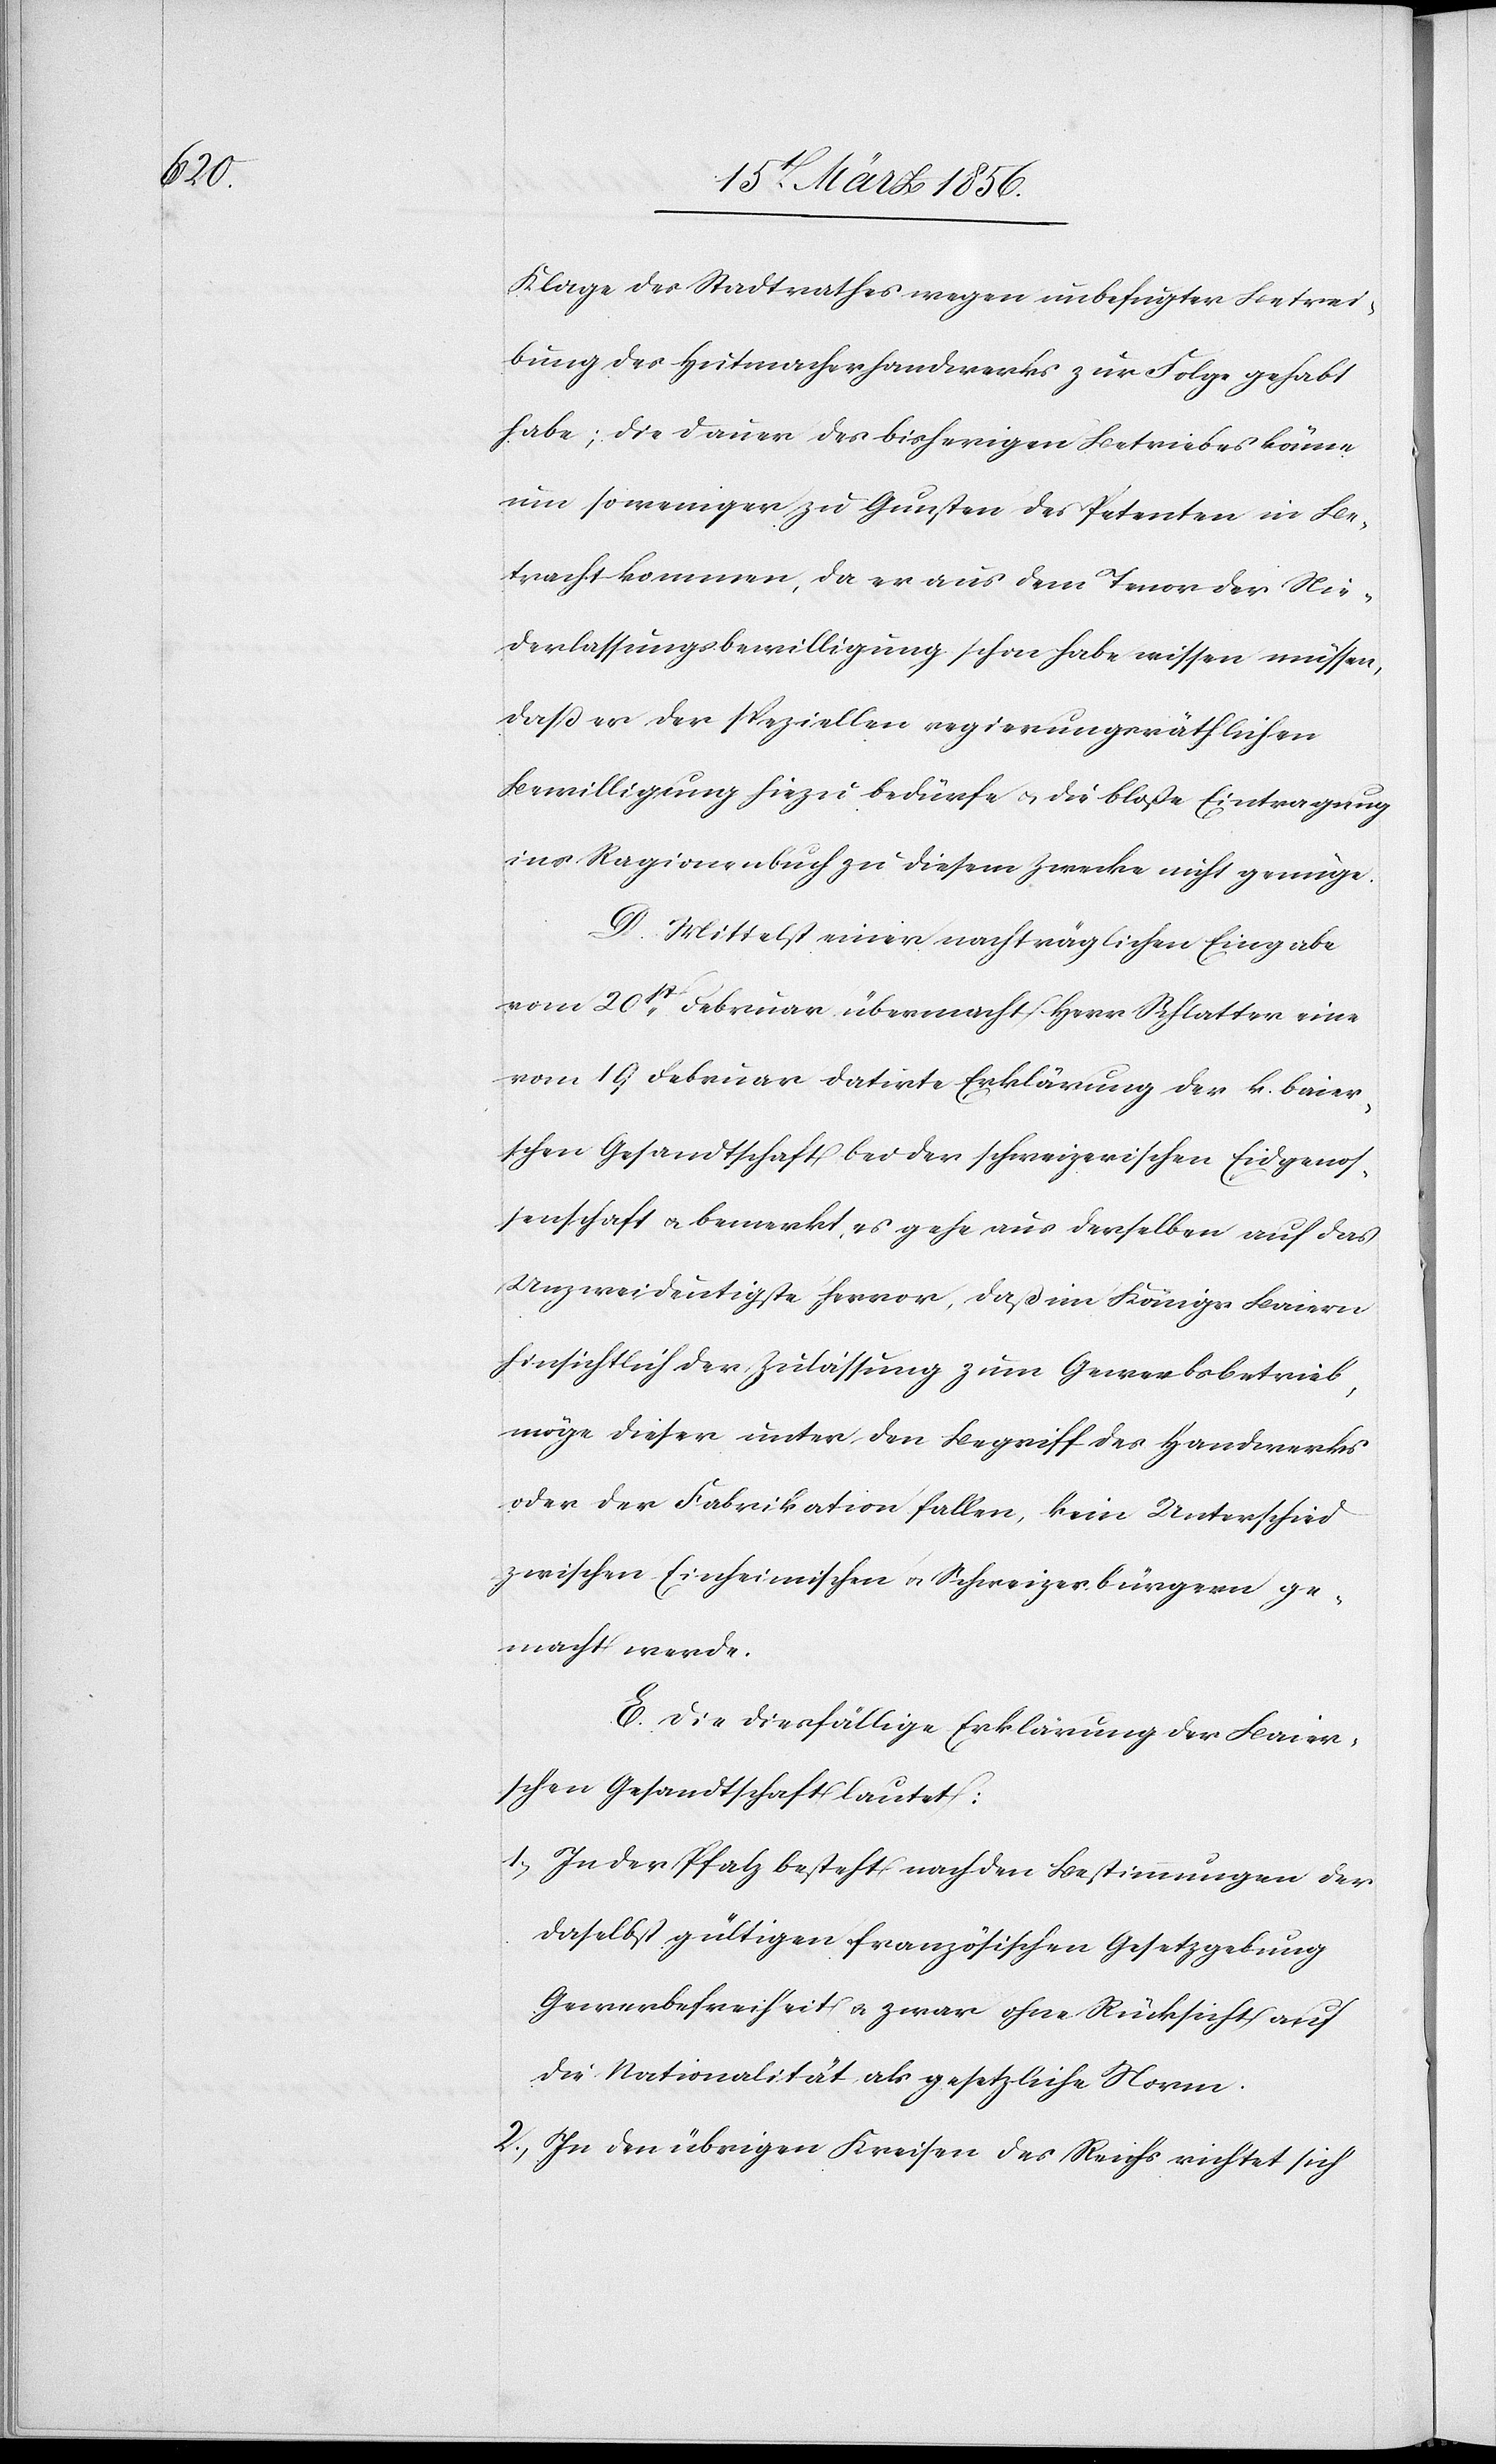
Klage des Stadtrathes wegen unbefugter Betrei¬
bung des Hutmacherhandwerks zur Folge gehabt
habe; die Dauer des bisherigen Betriebes könne
um so weniger zu Gunsten des Petenten in Be¬
tracht kommen, da er aus dem Tenor der Nie¬
derlassungsbewilligung schon habe wissen müssen,
daß er der speziellen regierungsräthlichen
Bewilligung hiezu bedürfe u. die bloße Eintragung
ins Ragionenbuch zu diesem Zwecke nicht genüge.
D. Mittelst einer nachträglichen Eingabe
vom 20st Februar übermacht Herr Schlatter eine
vom 19 Februar datirte Erklärung der k. baier¬
schen Gesandtschaft bei der schweizerischen Eidgenos¬
senschaft u. bemerkt es gehe aus derselben auf das
Unzweideutigste hervor, das im Königr Baiern
hinsichtlich der Zulassung zum Gewerbsbetrieb,
möge dieser unter den Begriff des Handwerks
oder der Fabrikation fallen, kein Unterschied
zwischen Einheimischen u. Schweizerbürgern ge¬
macht werde.
E. Die diesfällige Erklärung der Baier¬
schen Gesandtschaft lautet:
1., In der Pfalz besteht nach den Bestimmungen der
daselbst gültigen französischen Gesetzgebung
Gewerbefreiheit u. zwar ohne Rücksicht auf
die Nationalität als gesetzliche Norm.
2., In den übrigen Kreisen des Reichs richtet sich